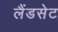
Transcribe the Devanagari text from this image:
लैंडसेट